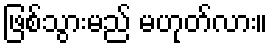
ဖြစ်သွားမည် မဟုတ်လား။